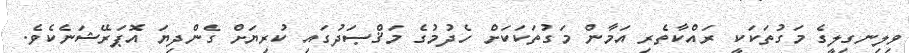
ވިލިނގިލީގެ މަގުތަކަކީ ރައްކާތެރި އަމާން މަގުތަކަކަށް ހެދުމުގެ މަޤްޞަދުގައި ކުރިޔަށް ގެންދިޔަ އޮޕަރޭޝަނެކެވެ.